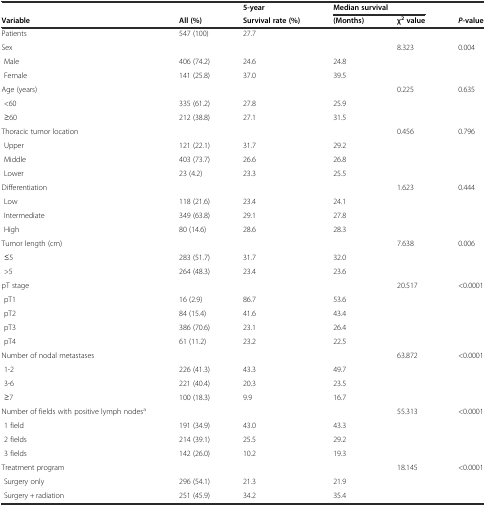
<table><thead><tr><td></td><td></td><td><b>5-year</b></td><td colspan="2"><b>Median survival</b></td><td></td></tr><tr><td><b>Variable</b></td><td><b>All (%)</b></td><td><b>Survival rate (%)</b></td><td><b>(Months)</b></td><td><b>χ<sup>2</sup>value</b></td><td><b><i>P-</i>value</b></td></tr></thead><tbody><tr><td>Patients</td><td>547 (100)</td><td>27.7</td><td></td><td></td><td></td></tr><tr><td>Sex</td><td></td><td></td><td></td><td>8.323</td><td>0.004</td></tr><tr><td> Male</td><td>406 (74.2)</td><td>24.6</td><td>24.8</td><td></td><td></td></tr><tr><td> Female</td><td>141 (25.8)</td><td>37.0</td><td>39.5</td><td></td><td></td></tr><tr><td>Age (years)</td><td></td><td></td><td></td><td>0.225</td><td>0.635</td></tr><tr><td> &lt;60</td><td>335 (61.2)</td><td>27.8</td><td>25.9</td><td></td><td></td></tr><tr><td> ≥60</td><td>212 (38.8)</td><td>27.1</td><td>31.5</td><td></td><td></td></tr><tr><td>Thoracic tumor location</td><td></td><td></td><td></td><td>0.456</td><td>0.796</td></tr><tr><td> Upper</td><td>121 (22.1)</td><td>31.7</td><td>29.2</td><td></td><td></td></tr><tr><td> Middle</td><td>403 (73.7)</td><td>26.6</td><td>26.8</td><td></td><td></td></tr><tr><td> Lower</td><td>23 (4.2)</td><td>23.3</td><td>25.5</td><td></td><td></td></tr><tr><td>Differentiation</td><td></td><td></td><td></td><td>1.623</td><td>0.444</td></tr><tr><td> Low</td><td>118 (21.6)</td><td>23.4</td><td>24.1</td><td></td><td></td></tr><tr><td> Intermediate</td><td>349 (63.8)</td><td>29.1</td><td>27.8</td><td></td><td></td></tr><tr><td> High</td><td>80 (14.6)</td><td>28.6</td><td>28.3</td><td></td><td></td></tr><tr><td>Tumor length (cm)</td><td></td><td></td><td></td><td>7.638</td><td>0.006</td></tr><tr><td> ≤5</td><td>283 (51.7)</td><td>31.7</td><td>32.0</td><td></td><td></td></tr><tr><td> &gt;5</td><td>264 (48.3)</td><td>23.4</td><td>23.6</td><td></td><td></td></tr><tr><td>pT stage</td><td></td><td></td><td></td><td>20.517</td><td>&lt;0.0001</td></tr><tr><td> pT1</td><td>16 (2.9)</td><td>86.7</td><td>53.6</td><td></td><td></td></tr><tr><td> pT2</td><td>84 (15.4)</td><td>41.6</td><td>43.4</td><td></td><td></td></tr><tr><td> pT3</td><td>386 (70.6)</td><td>23.1</td><td>26.4</td><td></td><td></td></tr><tr><td> pT4</td><td>61 (11.2)</td><td>23.2</td><td>22.5</td><td></td><td></td></tr><tr><td>Number of nodal metastases</td><td></td><td></td><td></td><td>63.872</td><td>&lt;0.0001</td></tr><tr><td> 1-2</td><td>226 (41.3)</td><td>43.3</td><td>49.7</td><td></td><td></td></tr><tr><td> 3-6</td><td>221 (40.4)</td><td>20.3</td><td>23.5</td><td></td><td></td></tr><tr><td> ≥7</td><td>100 (18.3)</td><td>9.9</td><td>16.7</td><td></td><td></td></tr><tr><td>Number of fields with positive lymph nodes<sup>a</sup></td><td></td><td></td><td></td><td>55.313</td><td>&lt;0.0001</td></tr><tr><td> 1 field</td><td>191 (34.9)</td><td>43.0</td><td>43.3</td><td></td><td></td></tr><tr><td> 2 fields</td><td>214 (39.1)</td><td>25.5</td><td>29.2</td><td></td><td></td></tr><tr><td> 3 fields</td><td>142 (26.0)</td><td>10.2</td><td>19.3</td><td></td><td></td></tr><tr><td>Treatment program</td><td></td><td></td><td></td><td>18.145</td><td>&lt;0.0001</td></tr><tr><td> Surgery only</td><td>296 (54.1)</td><td>21.3</td><td>21.9</td><td></td><td></td></tr><tr><td> Surgery + radiation</td><td>251 (45.9)</td><td>34.2</td><td>35.4</td><td></td><td></td></tr></tbody></table>